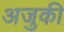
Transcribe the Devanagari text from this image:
अजुकी